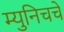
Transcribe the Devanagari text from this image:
म्युनिचचे